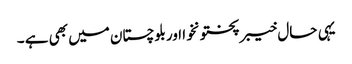
یہی حال خیبرپختونخوا اوربلوچستان میں بھی ہے ۔